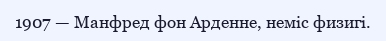
1907 — Манфред фон Арденне, неміс физигі.